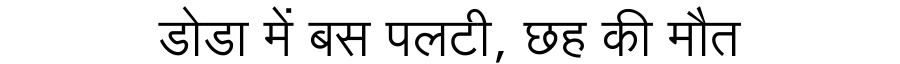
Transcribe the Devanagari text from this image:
डोडा में बस पलटी, छह की मौत